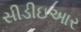
સીડીઇઆર